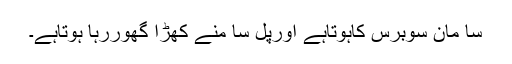
سا مان سوبرس کاہوتاہے اورپل سا منے کھڑا گھوررہا ہوتاہے۔